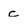
Character: c